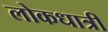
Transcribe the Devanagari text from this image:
लोकधात्री